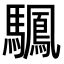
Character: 𫘙